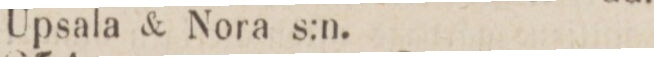
Upsala & Nora s.n.